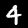
Label: 4